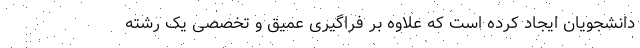
دانشجویان ایجاد کرده است که علاوه بر فراگیری عمیق و تخصصی یک رشته